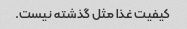
کیفیت غذا مثل گذشته نیست.